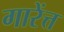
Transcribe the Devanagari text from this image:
गारेंत्त